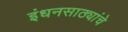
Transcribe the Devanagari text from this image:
इंधनसाठ्यांचे